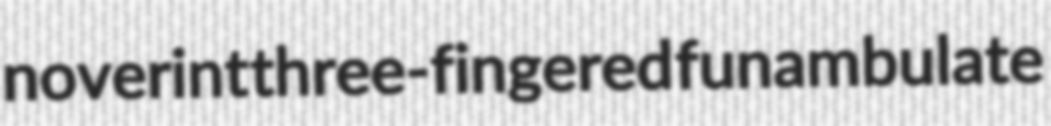
noverint three-fingered funambulate